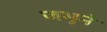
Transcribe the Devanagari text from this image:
जमुने